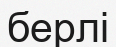
берлі